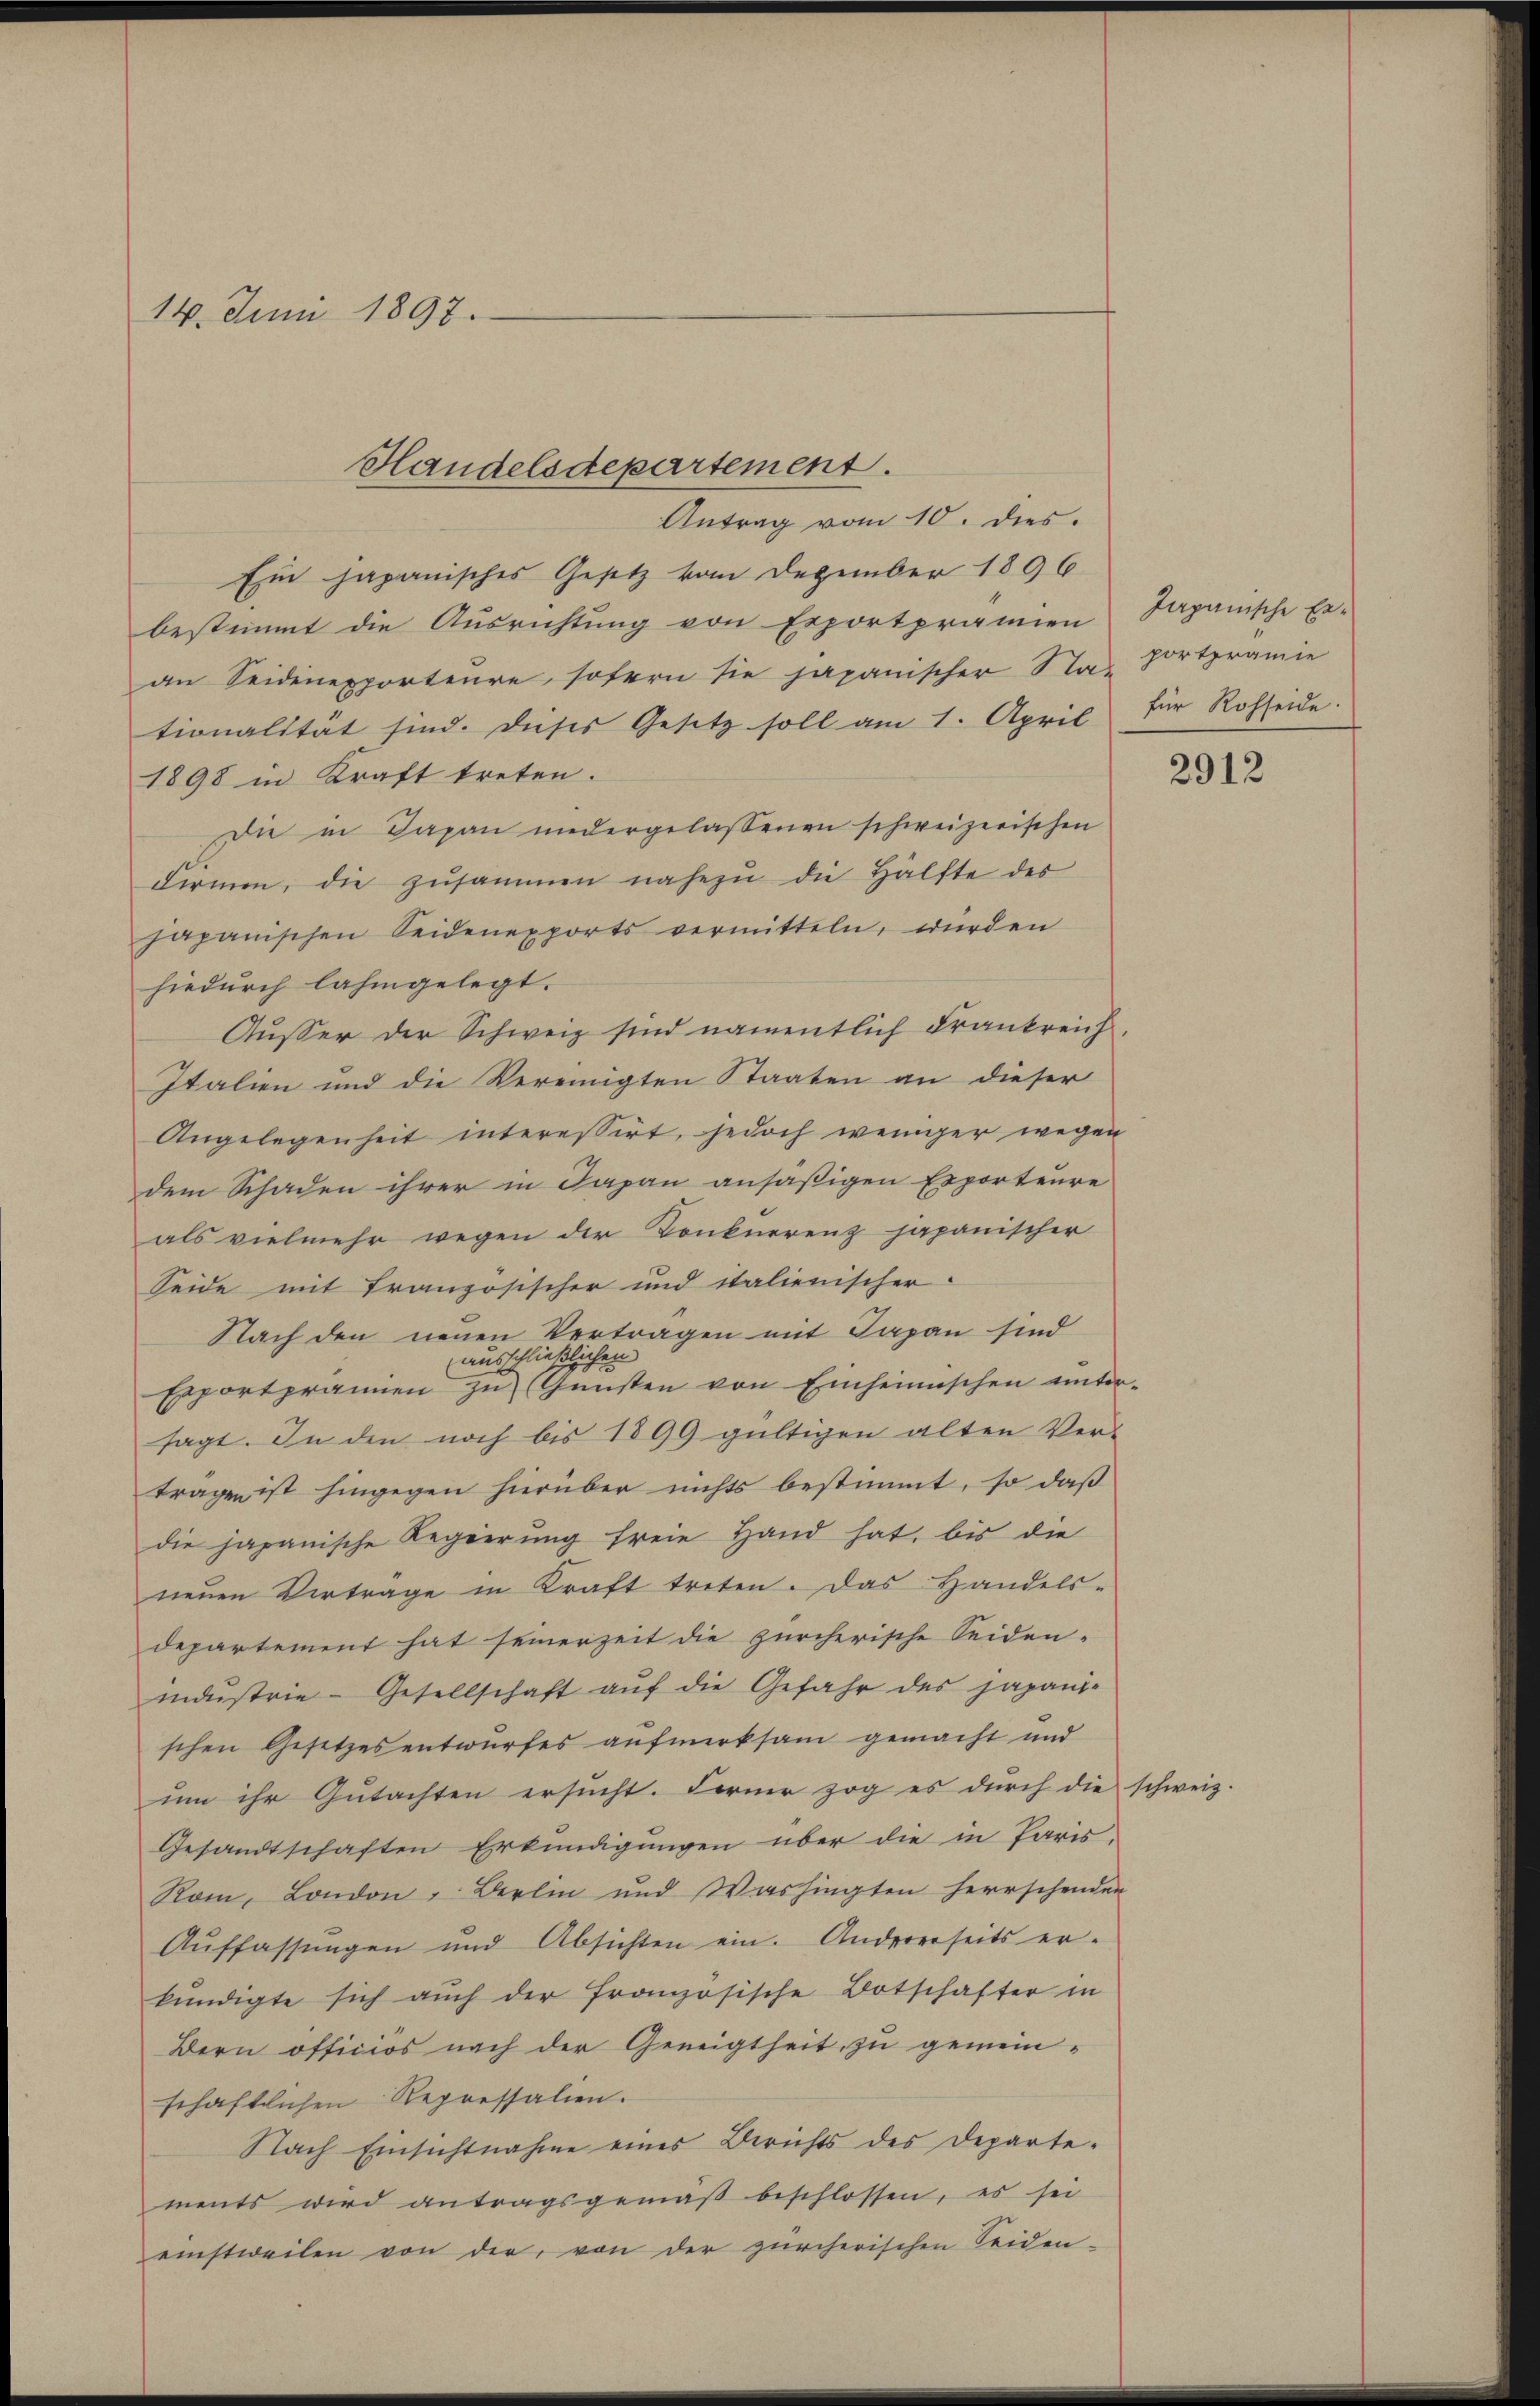
14. Juni 1897.

Ein japanisches Gesetz vom Dezember 1896
bestimmt die Ausrichtung von Exportprämien Japanische Er-
an Seidenexporteure sofern sie japanischer Sta-Fortpramie
tionalität sind. Dieses Gesetz soll am 1. April
1898 in Kraft treten.
Die in Japan niedergelassenen schweizerischen
Firmen, die zusammen nahezu die Hälfte des
japanischen Seidenexports vermitteln, wurden
hiedurch lahmgelegt.
Ausser der Schweiz sind namentlich Frankreich
Italien und die Vereinigten Staaten an dieser
Angelegenheit interessirt, jedoch weniger wegen
dem Schaden ihrer in Japan ansäßigen Exporteure
als vielmehr wegen der Konkurrenz japanischer
Seide mit Französischer und italienischer
Nach den neuen Vertragen mit Japan sind
ausschließlichen
Exportprämien zu Gunsten von Einheimischen unter-
sagt. In den noch bis 1899 gültigen alten Verträgen ist hingegen hierüber nichts bestimmt, so daß
die japanische Regierung freie Hand hat, bis die
neuen Vertrage in Kraft treten. Das Handelsdepartement hat seinerzeit die zürcherische Seiden-
indŭstrie-Gesellschaft aŭf die Gefahr des japani-
schen Gesetzesentwurfes aufmerksam gemacht und
um ihr Gutachten ersucht. Ferner zog es durch die schweiz.
Gesandtschaften Erkundigungen über die in Paris.
Rom, London, Berlin und Washingten herrschenden
Aŭffassŭngen und Absichten ein. Andererseits er-
kündigte sich aŭch der französische Botschafter in
Bern officiös nach der Geneigtheit zu gemeinschaftlichen Repressalien.
Nach Einsichtnahme eines Berichts des Departements wird antragsgemäβ beschlossen, es sei
einstweilen von der von der zürcherischen Seiden-

Handelsdepartement.
Antrag vom 10. dies.

für Rohseide.

2912